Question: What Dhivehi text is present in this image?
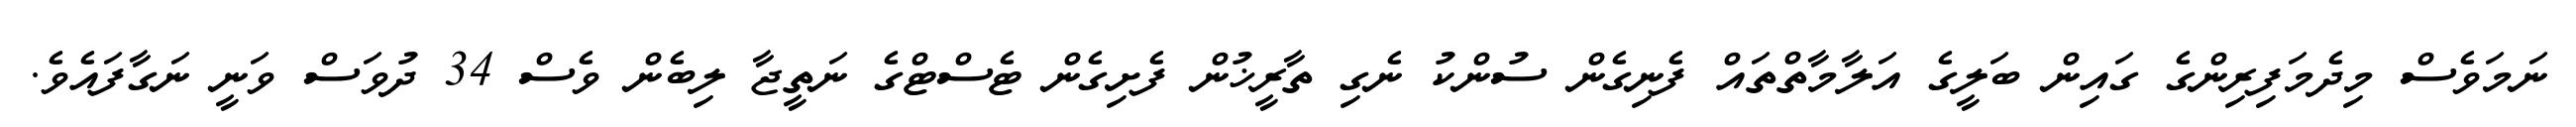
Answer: ނަމަވެސް މިދެމަފިރިންގެ ގައިން ބަލީގެ އަލާމާތްތައް ފެނިގެން ސުންކު ނެގި ތާރީޚުން ފެށިގެން ޓެސްޓްގެ ނަތީޖާ ލިބެން ވެސް 34 ދުވަސް ވަނީ ނަގާފައެވެ.